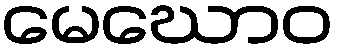
မေဃောဝ